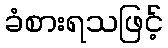
ခံစားရသဖြင့်